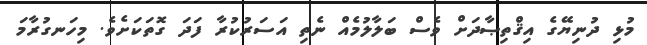
މުޅި ދުނިޔޭގެ އިޤްތިޞާދަށް ވެސް ބަލާލުމެއް ނެތި އަސަރުކުރާ ފަދަ ގޮތަކަށެވެ. މިހަނގުރާމަ